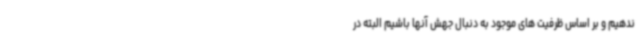
ندهیم و بر اساس ظرفیت های موجود به دنبال جهش آنها باشیم البته در